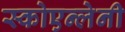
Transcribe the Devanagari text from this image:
स्कोएन्लेनी